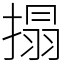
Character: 搨